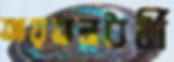
আয়তনধর্মী